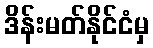
ဒိန်းမတ်နိုင်ငံမှ